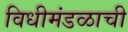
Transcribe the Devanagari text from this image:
विधीमंडळाची